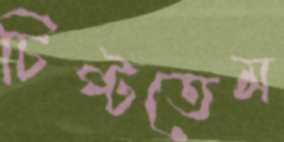
চিপ্‌টতেম